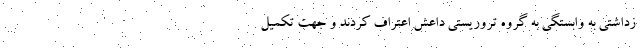
زداشتی به وابستگی به گروه تروریستی داعش اعتراف کردند و جهت تکمیل